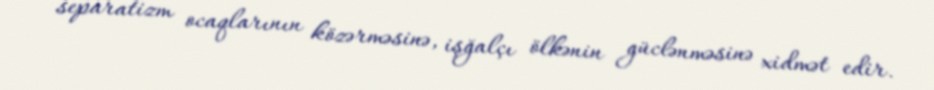
separatizm ocaqlarının közərməsinə, işğalçı ölkənin güclənməsinə xidmət edir.